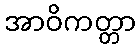
အာဝိကတ္တာ